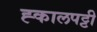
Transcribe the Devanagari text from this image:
ह्कालपट्टी